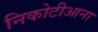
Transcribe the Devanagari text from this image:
निकोटीआना